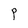
Character: P